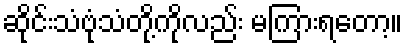
ဆိုင်းသံဗုံသံတို့ကိုလည်း မကြားရတော့။